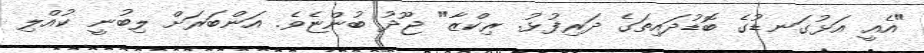
"އެއީ އަޅުގަނޑުގެ ބޮޑުދައިތަގެ ދަރިފުޅު. ރިކްޒާ" ޖޫދު ބުންޏެވެ. އަންބަރަށް ލިބުނީ ކުއްލި